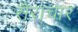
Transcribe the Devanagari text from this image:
सैराचार